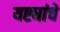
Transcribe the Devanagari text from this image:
यष्ट्यांचे